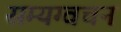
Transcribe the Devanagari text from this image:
सम्यग्वचन